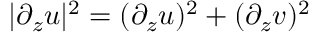
| \partial _ { z } \boldsymbol u | ^ { 2 } = ( \partial _ { z } u ) ^ { 2 } + ( \partial _ { z } v ) ^ { 2 }